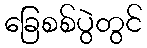
ခြေစစ်ပွဲတွင်